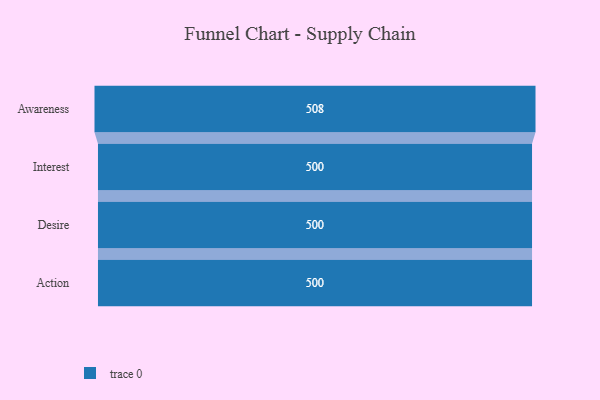
{"axis": {"x": "Stage", "y": "Value"}, "legend": [""], "data": [{"x": "Awareness", "y": 508.0, "type": ""}, {"x": "Interest", "y": 500, "type": ""}, {"x": "Desire", "y": 500, "type": ""}, {"x": "Action", "y": 500, "type": ""}]}